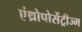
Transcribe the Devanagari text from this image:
एंथ्रोपोसेंट्रीज्म